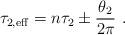
LaTeX: \begin{align*}\tau_{2,\rm eff} = n \tau_2 \pm \frac{\theta_2}{2\pi}\ . \end{align*}